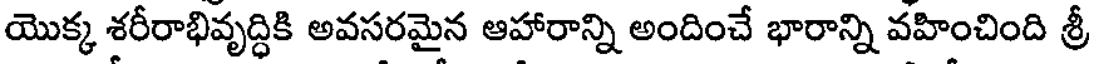
యొక్క శరీరాభివృద్ధికి అవసరమైన ఆహారాన్ని అందించే భారాన్ని వహించింది శ్రీ